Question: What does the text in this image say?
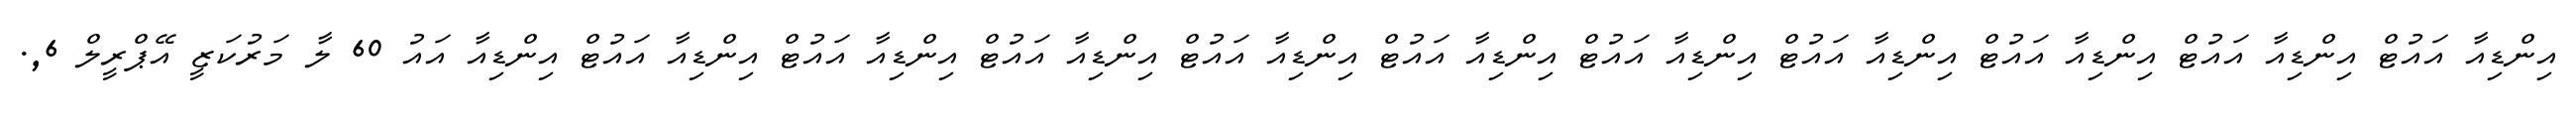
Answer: އިންޑިއާ އައުޓް އިންޑިއާ އައުޓް އިންޑިއާ އައުޓް އިންޑިއާ އައުޓް އިންޑިއާ އައުޓް އިންޑިއާ އައުޓް އިންޑިއާ އައުޓް އިންޑިއާ އައުޓް އިންޑިއާ އައުޓް އިންޑިއާ އައުޓް އިންޑިއާ އައު 60 ލާ މަރުކަޒީ އޭޕްރީލް 6,.